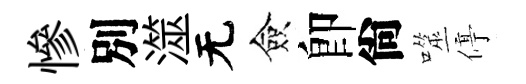
慘別澨无僉卽尙噬停